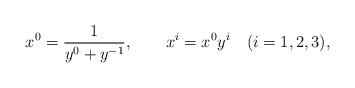
LaTeX: \begin{align*} x^0 = \frac1{y^0 + y^{-1}}, \qquad x^i = x^0 y^i \quad (i=1,2,3),\end{align*}